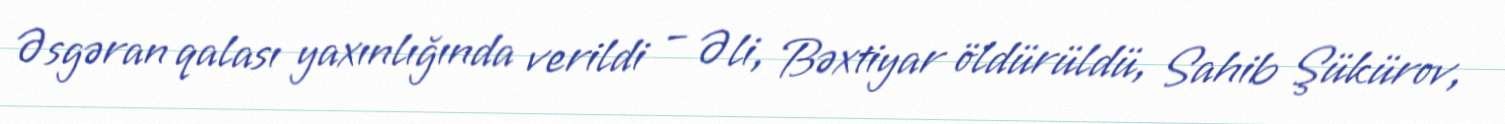
Əsgəran qalası yaxınlığında verildi – Əli, Bəxtiyar öldürüldü, Sahib Şükürov,